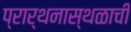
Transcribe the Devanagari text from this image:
प्रार्थनास्थळाची